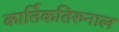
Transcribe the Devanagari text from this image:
कार्तिकतिरुनाल